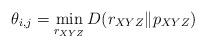
LaTeX: \begin{align*}\theta_{i,j}&=\min_{r_{XYZ}} D(r_{XYZ}\|p_{XYZ}) \end{align*}